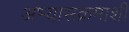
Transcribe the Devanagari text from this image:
अभ्यासक्रमाशी